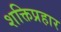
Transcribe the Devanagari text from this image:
शक्तिप्रहार